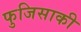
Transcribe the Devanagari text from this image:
फुजिसाकी